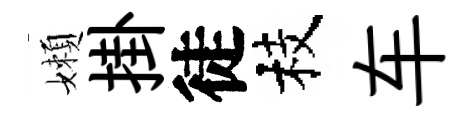
嬾掛徒枝车